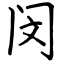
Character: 闵